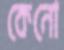
কেনো